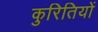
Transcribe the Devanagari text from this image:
कुरितियों